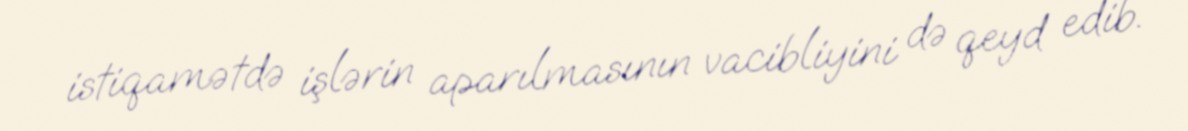
istiqamətdə işlərin aparılmasının vacibliyini də qeyd edib.